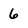
Character: 6